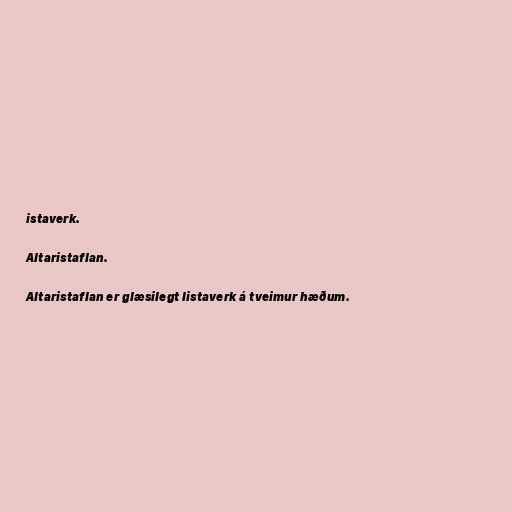
istaverk.

Altaristaflan.

Altaristaflan er glæsilegt listaverk á tveimur hæðum.